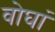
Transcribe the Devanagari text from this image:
वोघां